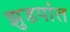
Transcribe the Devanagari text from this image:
झुडपांत